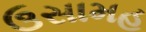
ઉસામહ